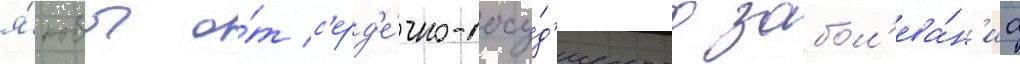
я́кобы о́т с'ерд'е́чно-сосу́д'истого забол'ева́н'иа